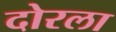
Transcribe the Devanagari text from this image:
दोरला